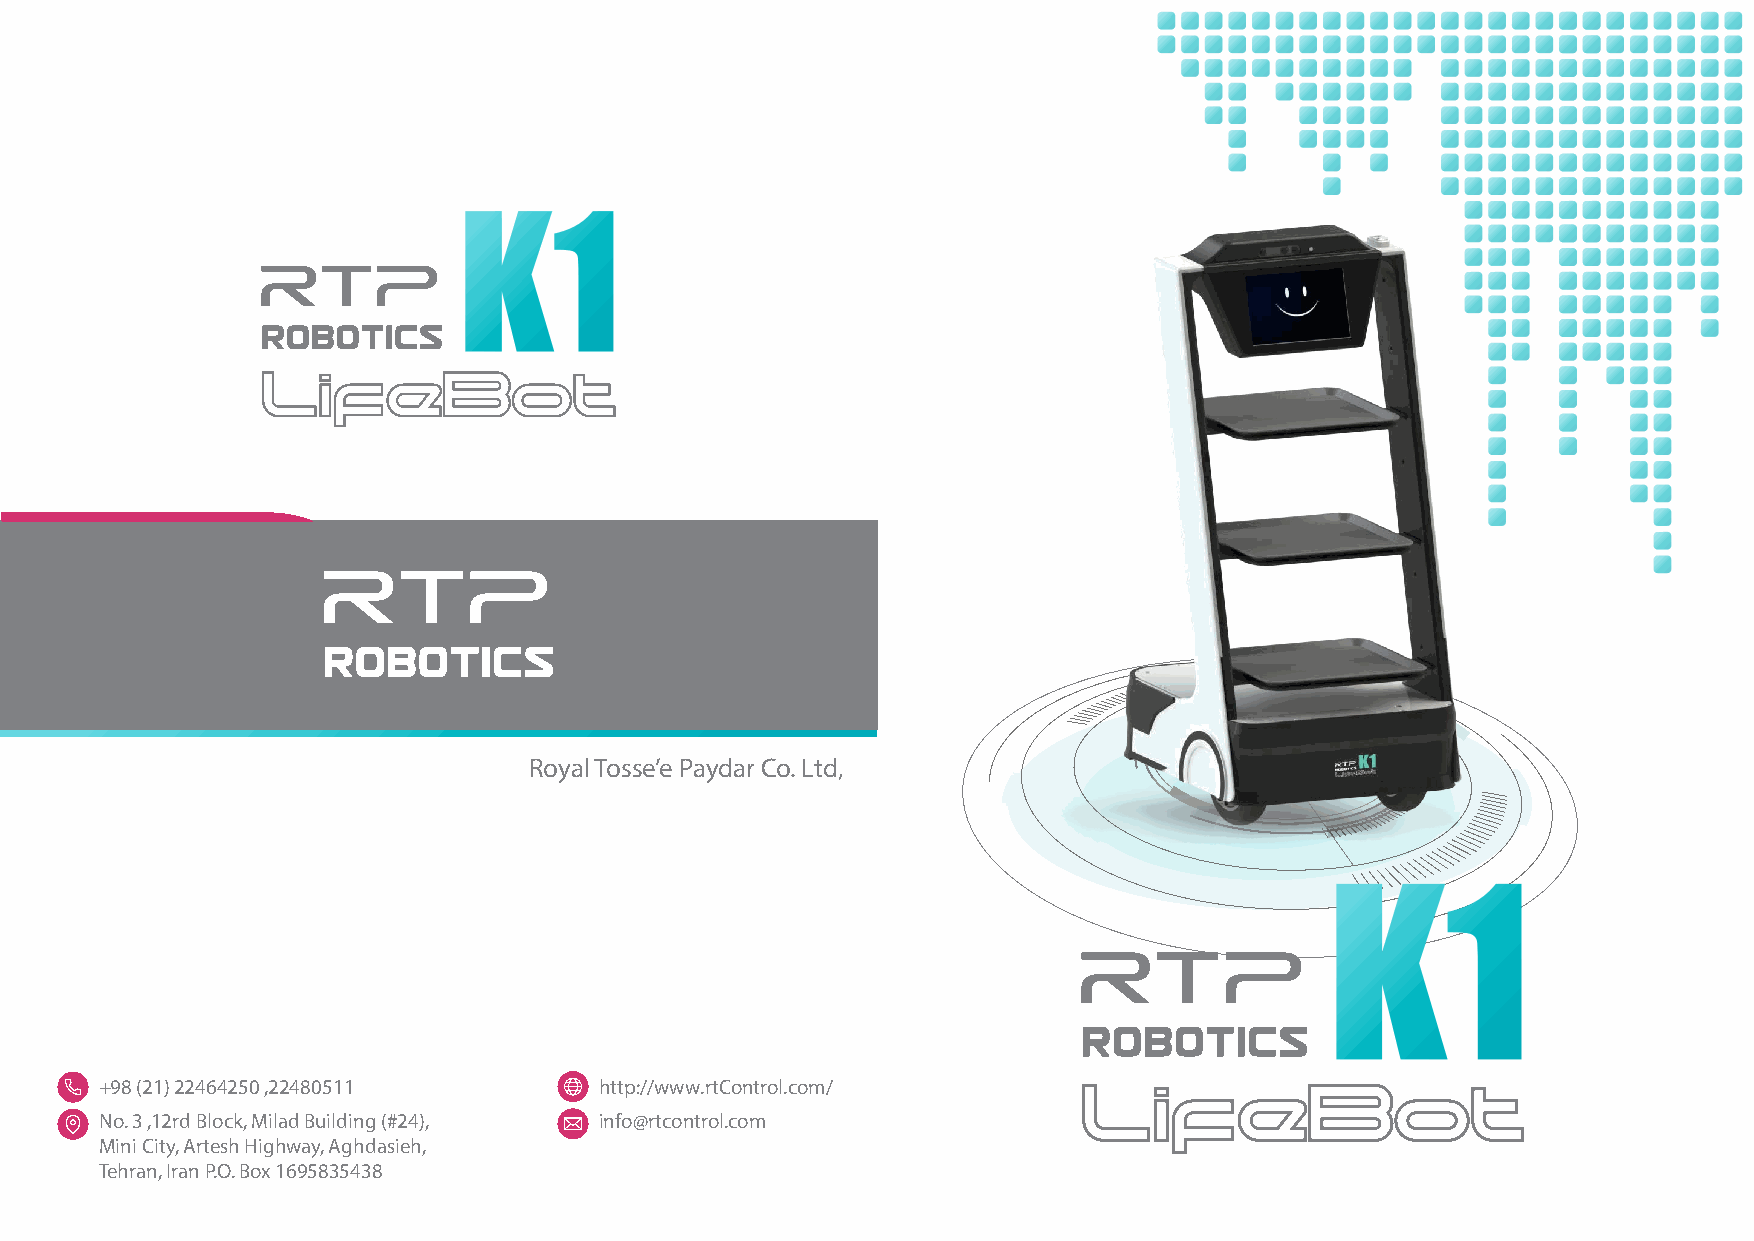
Royal Tosse’e Paydar Co. Ltd,
 +98 (21) 22464250 ,22480511      http://www.rtControl.com/
 No. 3 ,12rd Block, Milad Building (#24), info@rtcontrol.com
 Mini City, Artesh Highway, Aghdasieh,
 Tehran, Iran P.O. Box 1695835438